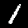
Label: 1